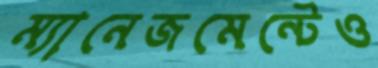
ম্যানেজমেন্টেও